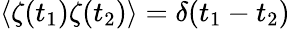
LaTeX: \langle\zeta(t_{1})\zeta(t_{2})\rangle=\delta(t_{1}-t_{2})